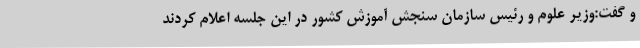
و گفت:وزیر علوم و رئیس سازمان سنجش آموزش کشور در این جلسه اعلام کردند